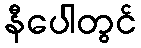
နီပေါတွင်